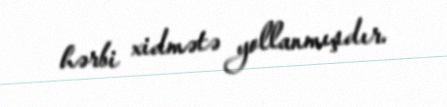
hərbi xidmətə yollanmışdır.